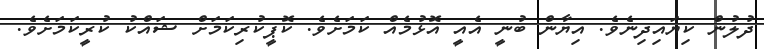
ދުލުން ކިޔައިދިނެވެ. އިޔާން ބުނީ އެއީ އޮޅުމެއް ކަމަށެވެ. ކޮޕީކުރިކަމަށް ޝައްކު ކުރީކަމަށެވެ.